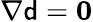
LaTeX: \nabla{\mathsf{d}}=\boldsymbol{0}